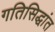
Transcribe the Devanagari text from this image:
गतिसिद्धांत